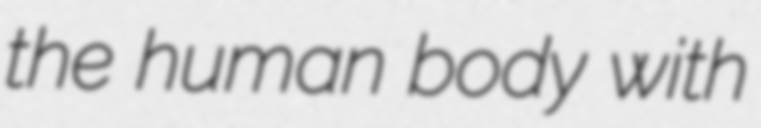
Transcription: the human body with